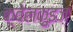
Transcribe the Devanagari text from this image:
क़्वेलक़ुइज़